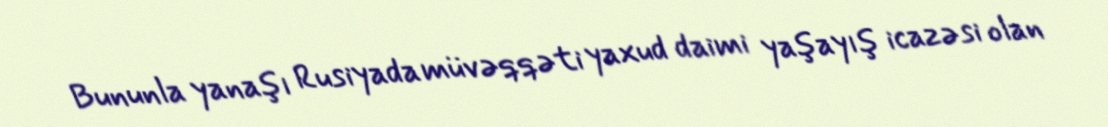
Bununla yanaşı Rusiyada müvəqqəti yaxud daimi yaşayış icazəsi olan